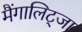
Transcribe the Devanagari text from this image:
मैंगालिट्जा